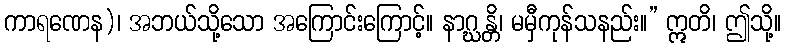
ကာရဏေန)၊ အဘယ်သို့သော အကြောင်းကြောင့်။ နာဂ္ဃန္တိ၊ မမှီကုန်သနည်း။” ဣတိ၊ ဤသို့။